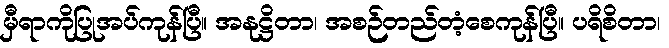
မှီရာကိုပြုအပ်ကုန်ပြီ။ အနုဋ္ဌိတာ၊ အစဉ်တည်တံ့စေကုန်ပြီ။ ပရိစိတာ၊